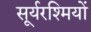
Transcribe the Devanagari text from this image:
सूर्यरश्मियों